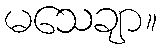
မသေချာ။